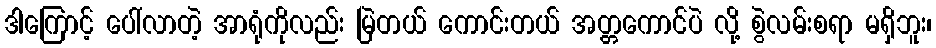
ဒါကြောင့် ပေါ်လာတဲ့ အာရုံကိုလည်း မြဲတယ် ကောင်းတယ် အတ္တကောင်ပဲ လို့ စွဲလမ်းစရာ မရှိဘူး၊